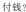
付钱?